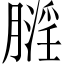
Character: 𪱬